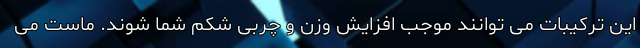
این ترکیبات می توانند موجب افزایش وزن و چربی شکم شما شوند. ماست می